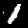
Label: 1